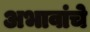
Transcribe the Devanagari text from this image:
अभावांचे